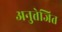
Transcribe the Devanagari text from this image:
अनुत्तेजित